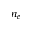
n _ { e }